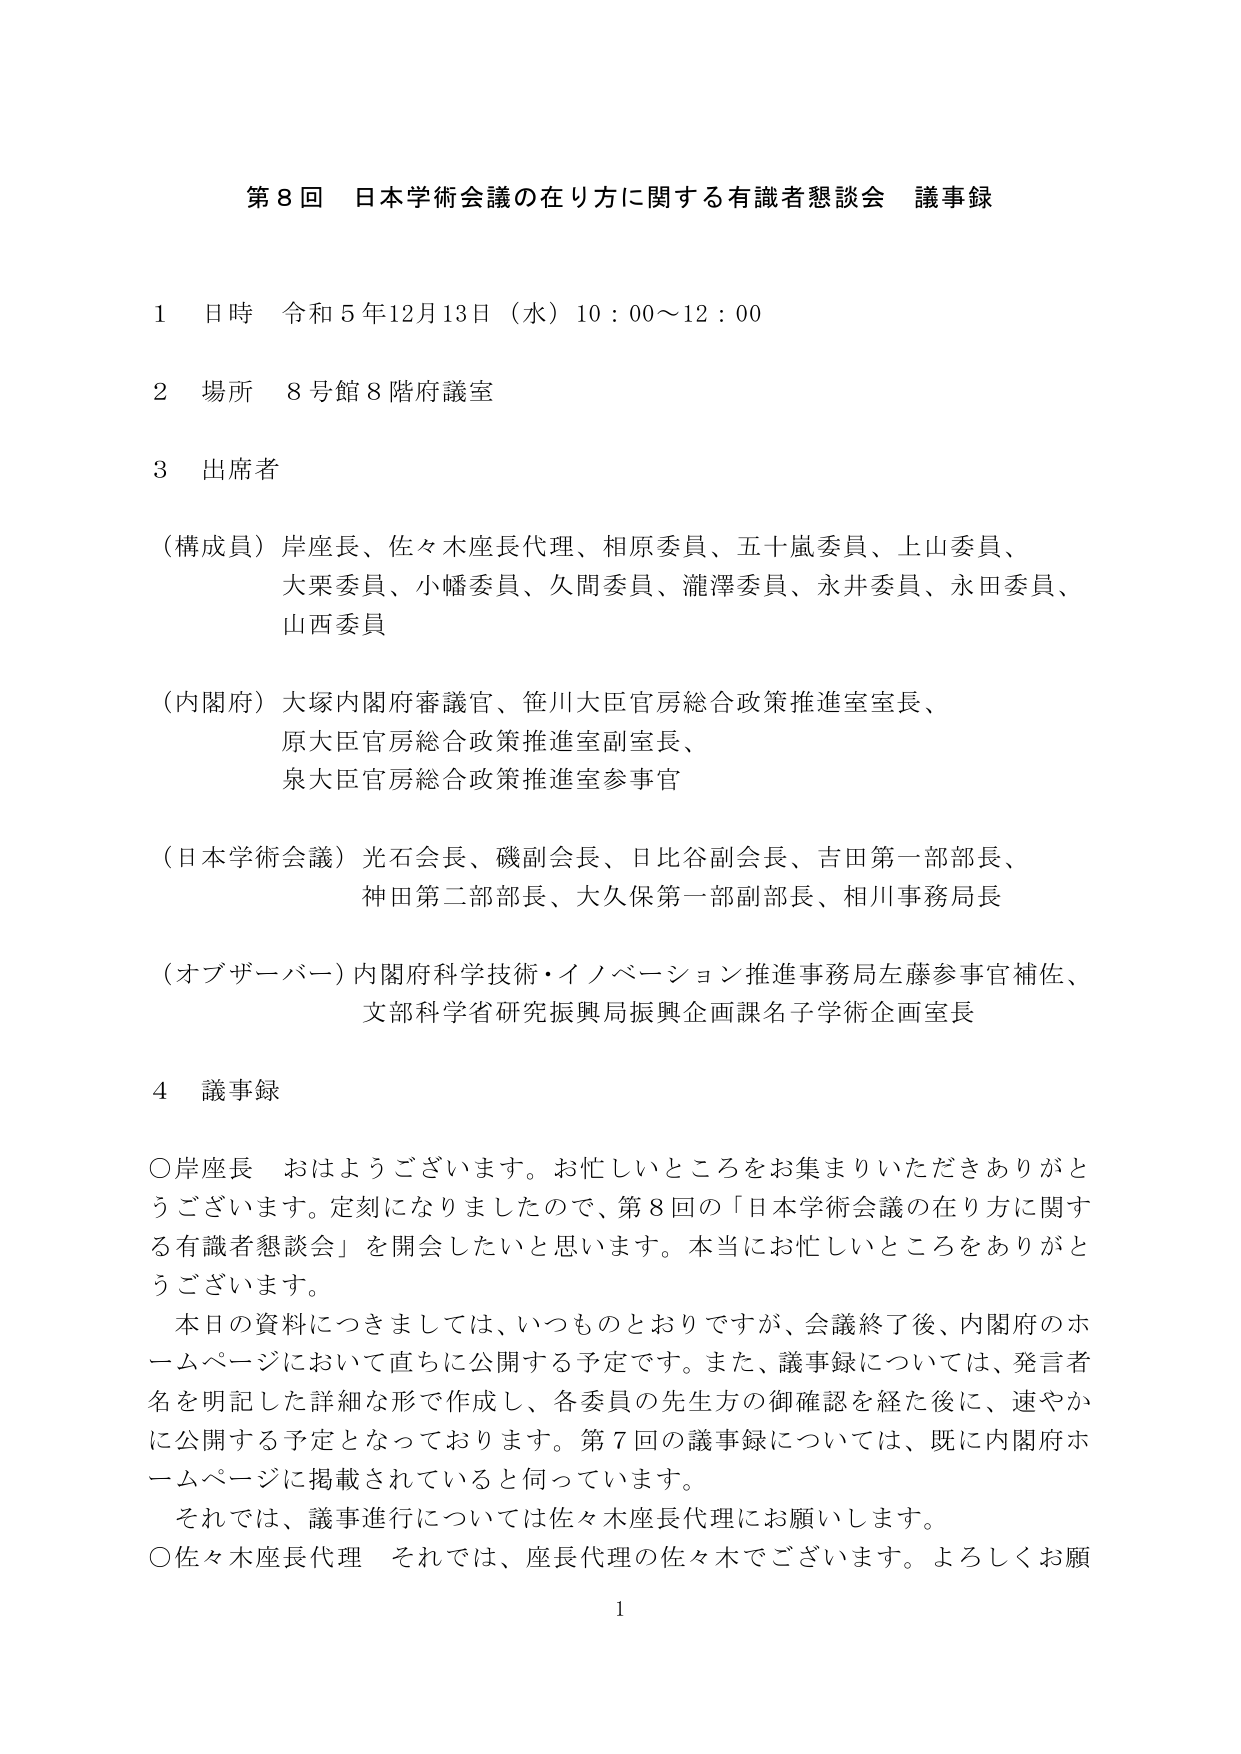
第8回 日本学術会議の在り方に関する有識者懇談会 議事録

1 日時 令和5年12月13日（水）10：00～12：00

2 場所 8号館8階府議室

3 出席者

（構成員）岸座長、佐々木座長代理、相原委員、五十嵐委員、上山委員、
大栗委員、小幡委員、久間委員、瀧澤委員、永井委員、永田委員、
山西委員

（内閣府）大塚内閣府審議官、笹川大臣官房総合政策推進室室長、
原大臣官房総合政策推進室副室長、
泉大臣官房総合政策推進室参事官

（日本学術会議）光石会長、磯副会長、日比谷副会長、吉田第一部部長、
神田第二部部長、大久保第一部副部長、相川事務局長

（オブザーバー）内閣府科学技術・イノベーション推進事務局左藤参事官補佐、
文部科学省研究振興局振興企画課名子学術企画室長

4 議事録

○岸座長 おはようございます。お忙しいところをお集まりいただきありがとうございます。定刻になりましたので、第8回の「日本学術会議の在り方に関する有識者懇談会」を開会したいと思います。本当にお忙しいところをありがとうございます。

本日の資料につきましては、いつものとおりですが、会議終了後、内閣府のホームページにおいて直ちに公開する予定です。また、議事録については、発言者名を明記した詳細な形で作成し、各委員の先生方の御確認を経た後に、速やかに公開する予定となっております。第7回の議事録については、既に内閣府ホームページに掲載されていると伺っています。

それでは、議事進行については佐々木座長代理にお願いします。

○佐々木座長代理 それでは、座長代理の佐々木でございます。よろしくお願いします。

1